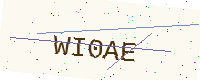
Text: WI0AE